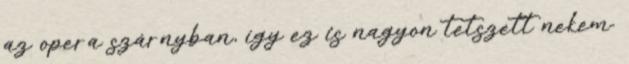
az opera szárnyban, így ez is nagyon tetszett nekem.